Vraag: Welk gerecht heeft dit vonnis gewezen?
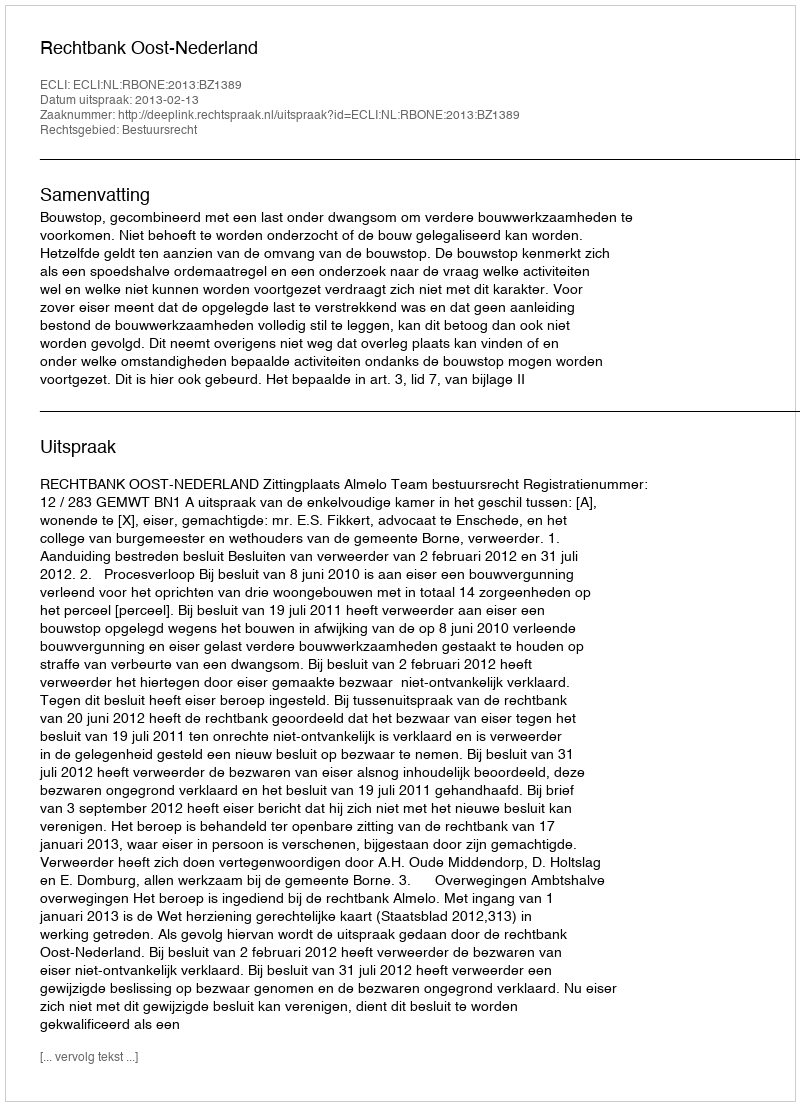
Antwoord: Rechtbank Oost-Nederland